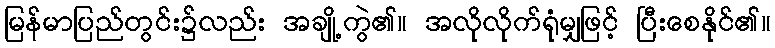
မြန်မာပြည်တွင်း၌လည်း အချို့ကွဲ၏။ အလိုလိုက်ရုံမျှဖြင့် ပြီးစေနိုင်၏။